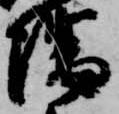
隅